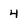
Character: 4